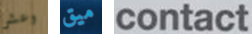
وعشر ميق contact